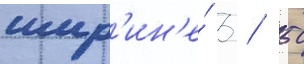
шир'ин'е́ 3 / 50